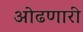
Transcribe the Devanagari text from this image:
ओढणारी